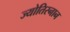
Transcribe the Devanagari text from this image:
ज्योतिस्नान